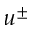
u ^ { \pm }